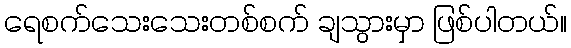
ရေစက်သေးသေးတစ်စက် ချသွားမှာ ဖြစ်ပါတယ်။